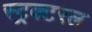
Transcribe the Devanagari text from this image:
स्ट्रक्टरल